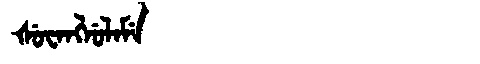
Manchu: ᡧᡠᠸᠠᠩᠯᡠᠯᠠᠮᡝ
Romanization: ŠUWANGLULAME